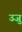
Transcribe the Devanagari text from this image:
उजु